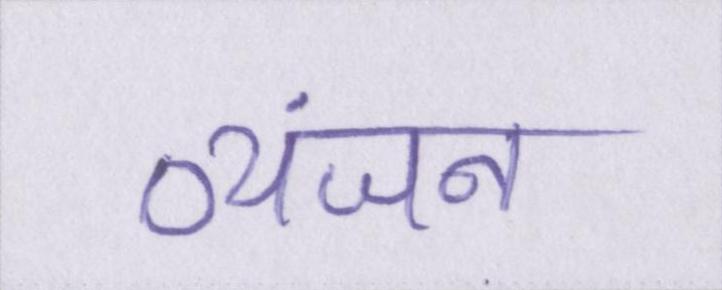
व्यंजन